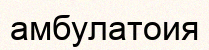
амбулатоия